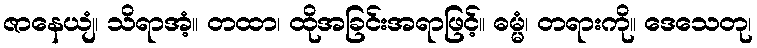
ဇာနေယျံ၊ သိရာအံ့။ တထာ၊ ထိုအခြင်းအရာဖြင့်။ ဓမ္မံ၊ တရားကို။ ဒေသေတု၊